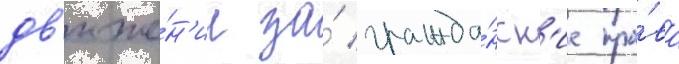
дв'иже́н'ии за́ гражда́нск'ие пра́ва